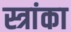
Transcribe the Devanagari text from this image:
स्त्रांका